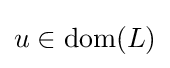
u\in \operatorname {dom} (L)